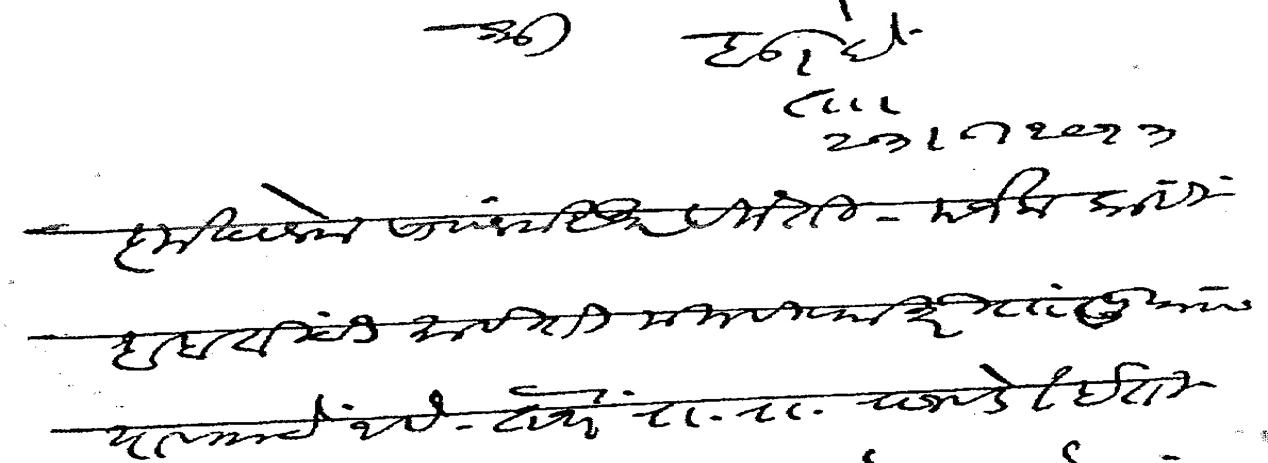
Transliteration (Devanagari): बडोदे ता २३ ८ १९१३ कृतानेक सा नमस्कार विनंती मजला काही बाबतींची माहिती मिलविण्याकरिता पुण्यास यावयाचे आहे तेथे रा रा राजवडे इतिहासकार